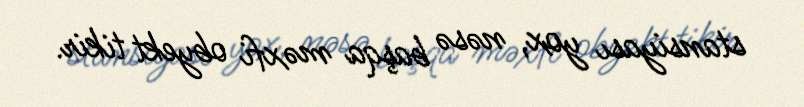
stansiyası yox, nəsə başqa məxfi obyekt tikir.